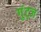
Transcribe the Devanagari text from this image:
गुंट्ज